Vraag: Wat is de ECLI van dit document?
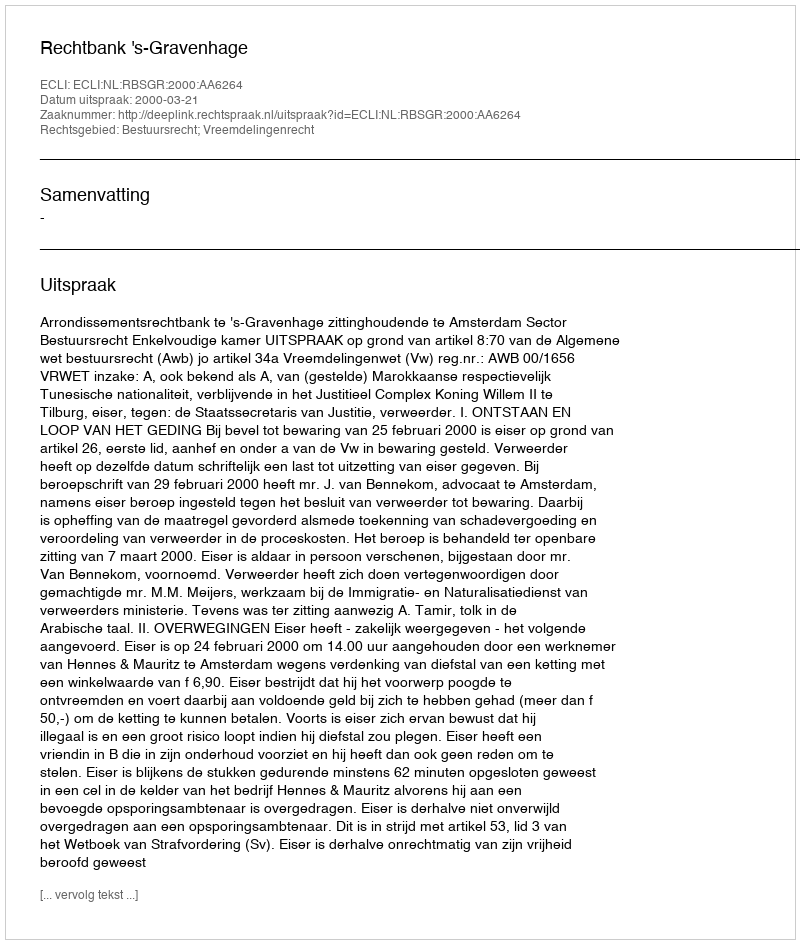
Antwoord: ECLI:NL:RBSGR:2000:AA6264